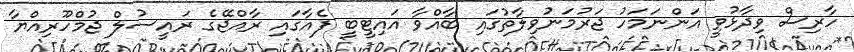
ހާރިސް ވިދާޅުވީ އަންނަމަހު ޖަރުމަނުވިލާތުގައި ބާއްވާ އައިޓީބީ ފެއާގައި ރާއްޖޭގެ ރައީސުލް ޖުމްހޫރިއްޔާ